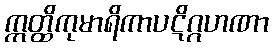
ဣတ္ထိကုမာရိကာပဋိဂ္ဂဟဏာ